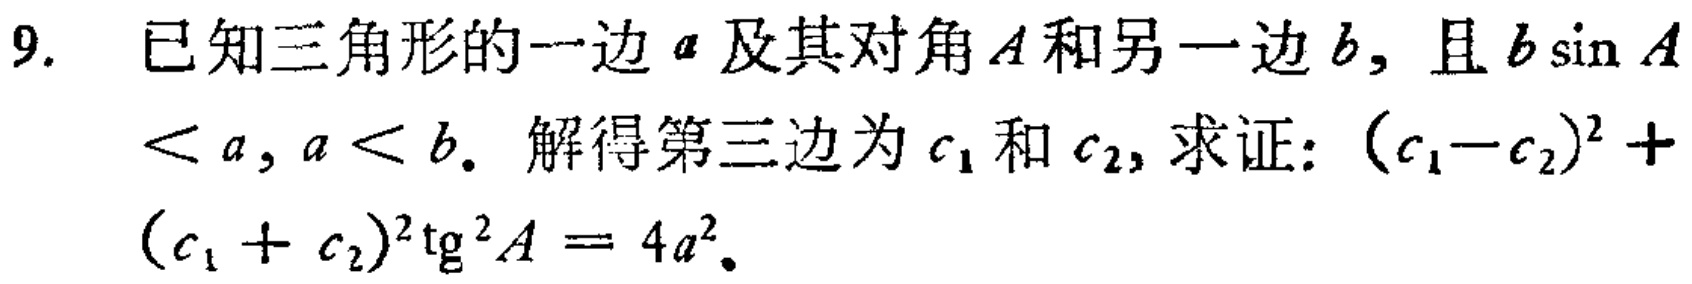
9. 已知三角形的一边\(a\)及其对角\(A\)和另一边\(b\)，且\(b\sin A < a\)，\(a < b\)。解得第三边为\(c_1\)和\(c_2\)，求证：\((c_1 - c_2)^2 + (c_1 + c_2)^2\mathrm{tg}^2 A = 4a^2\)。